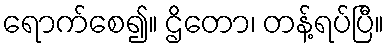
ရောက်စေ၍။ ဌိတော၊ တန့်ရပ်ပြီ။